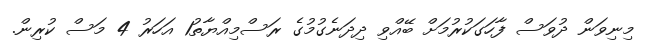
މިނިވަން ދުވަސް ފާހަގަކުރުމަށް ބޭއްވި ދިދަނެގުމުގެ ރަސްމިއްޔާތު1 އަހަރު 4 މަސް ކުރިން.